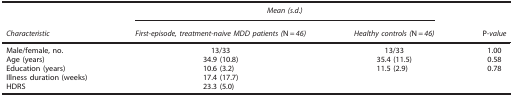
|  | <COLSPAN=2> Mean (s.d.) |  |
 | Characteristic | First-episode, treatment-naive MDD patients (N=46) | Healthy controls (N=46) | P-value |
 | --- | --- | --- | --- |
 | Male/female, no. | 13/33 | 13/33 | 1.00 |
 | Age (years) | 34.9 (10.8) | 35.4 (11.5) | 0.58 |
 | Education (years) | 10.6 (3.2) | 11.5 (2.9) | 0.78 |
 | Illness duration (weeks) | 17.4 (17.7) |  |  |
 | HDRS | 23.3 (5.0) |  |  |